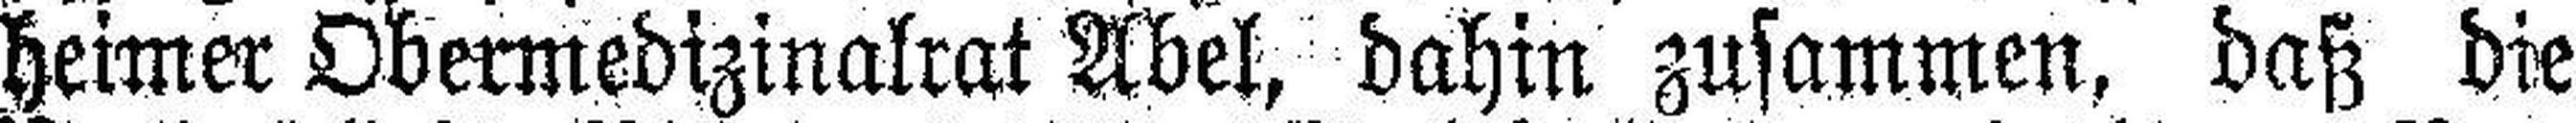
heimer Obermedizinalrat Abel, dahin zusammen, daß die